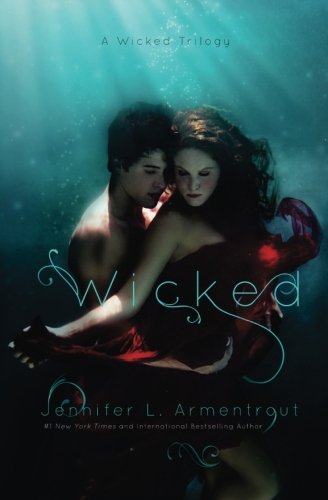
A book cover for Wicked (A Wicked Trilogy) (Volume 1); Jennifer L. Armentrout; Romance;